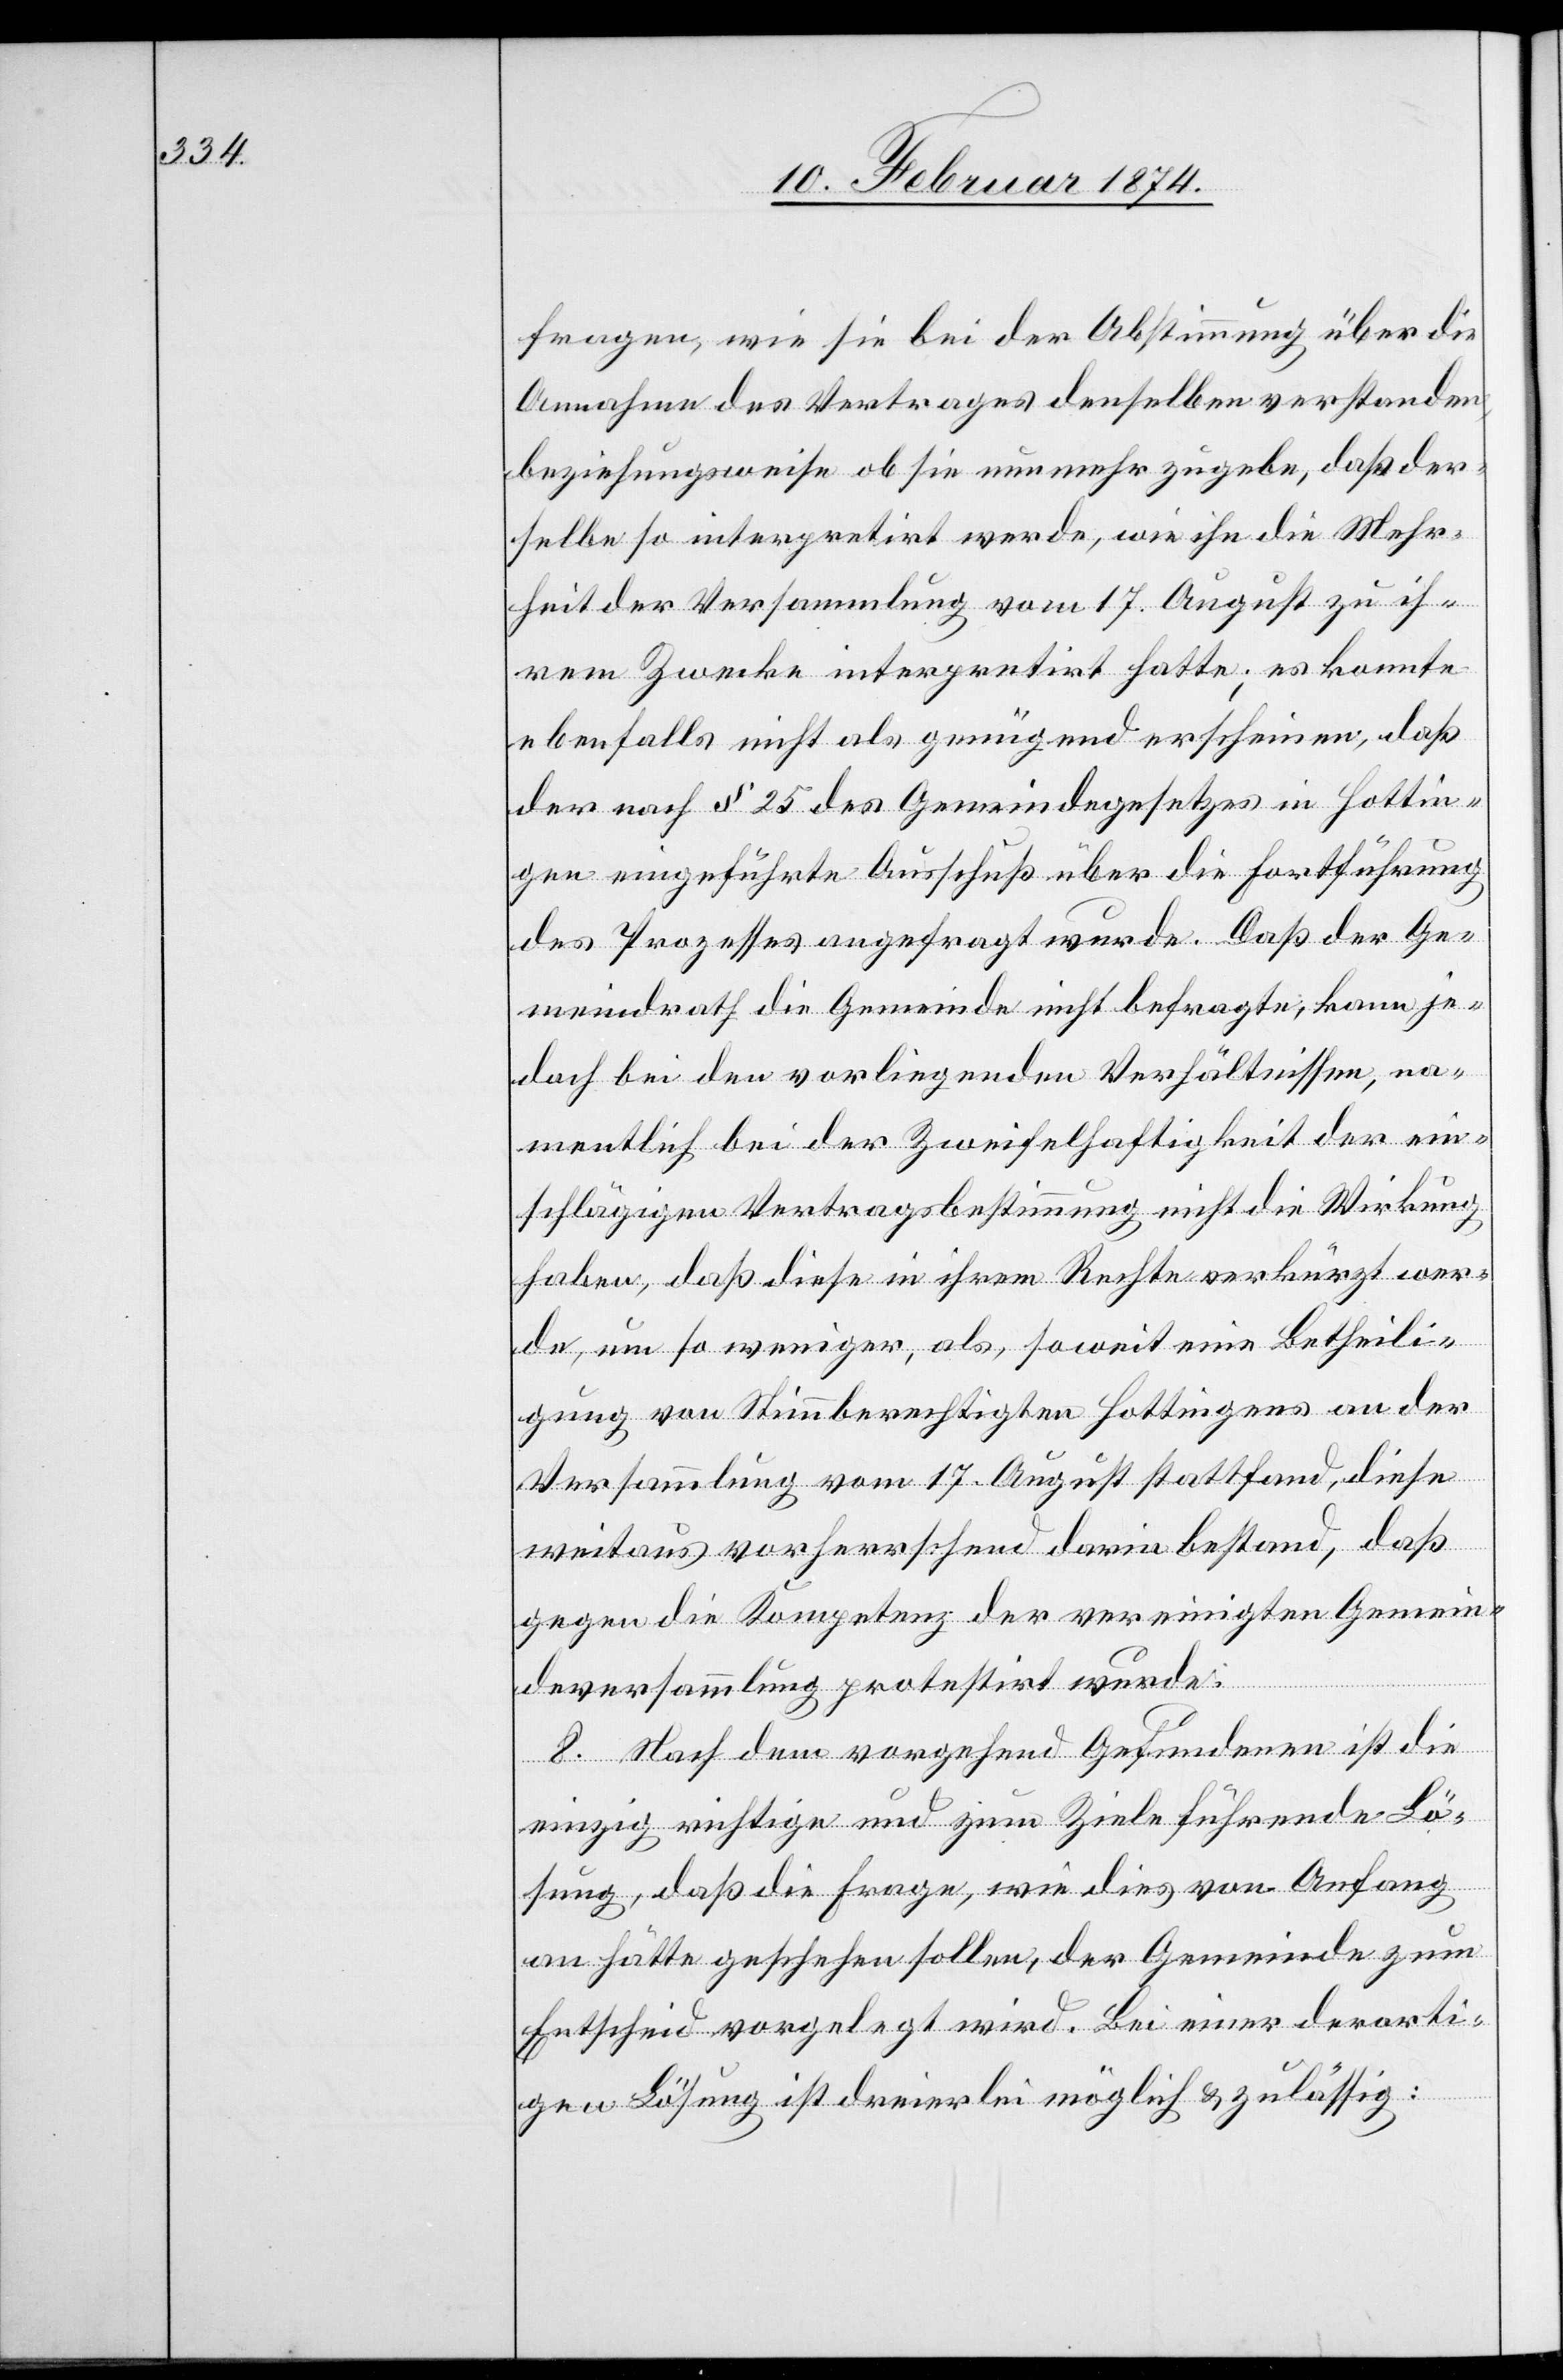
fragen, wie sie bei der Abstimmung über die
Annahme des Vertrages denselben verstanden,
beziehungsweise ob sie nunmehr zugebe, daß der
selbe so interpretirt werde, wie ihn die Mehr¬
heit der Versammlung vom 17. August zu ih¬
rem Zwecke interpretirt hat; es konnte
ebenfalls nicht als genügend erscheinen, daß
der nach § 25 des Gemeindegesetzes in Hottin¬
gen eingeführte Ausschuß über die Fortführung
des Prozesses angefragt wurde. Daß der Ge¬
meindrath die Gemeinde nicht befragte, kann je¬
doch bei den vorliegenden Verhältnissen, na¬
mentlich bei der Zweifelhaftigkeit der ein¬
schlägigen Vertragsbestimmung nicht die Wirkung
haben, daß diese in ihrem Rechte verbürgt wer¬
de, um so weniger, als, soweit eine Betheili¬
gung von Stimmberechtigten Hottingens an der
Versammlung vom 17. August stattfand, diese
weitaus vorherrschend darin bestand, daß
gegen die Kompetenz der vereinigten Gemein¬
deversammlung protestirt wurde.
8. Nach dem vorgehend Gefundenen ist die
einzig richtige und zum Ziele führende Lö¬
sung, daß die Frage, wie dies von Anfang
an hätte geschehen sollen, der Gemeinde zum
Entscheid vorgelegt wird. Bei einer derarti¬
gen Lösung ist dreierlei möglich u. zulässig: